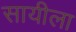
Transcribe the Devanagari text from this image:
सायीला